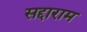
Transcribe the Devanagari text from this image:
सद्दाराम